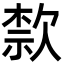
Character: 歀